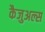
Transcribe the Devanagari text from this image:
कैजुअल्स